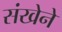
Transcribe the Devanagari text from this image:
संखेने